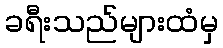
ခရီးသည်များထံမှ